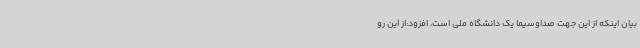
بیان اینکه از این جهت صداوسیما یک دانشگاه ملی است، افزود:از این رو